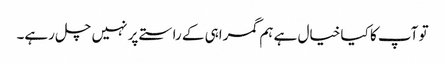
تو آپ کا کیا خیال ہے ہم گمراہی کے راستے پر نہیں چل رہے۔